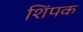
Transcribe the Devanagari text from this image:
शिंपक